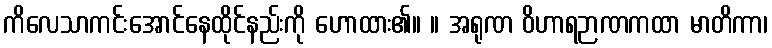
ကိလေသာကင်းအောင်နေထိုင်နည်းကို ဟောထား၏။ ။ အရုဏ ဝိဟာရဉာဏကထာ မာတိကာ၊